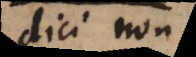
dici non